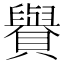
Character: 𧸧